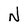
Character: N